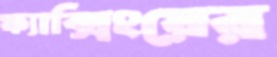
ফ্যাক্সিংয়ের